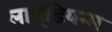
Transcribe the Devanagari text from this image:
लाइडियन्स